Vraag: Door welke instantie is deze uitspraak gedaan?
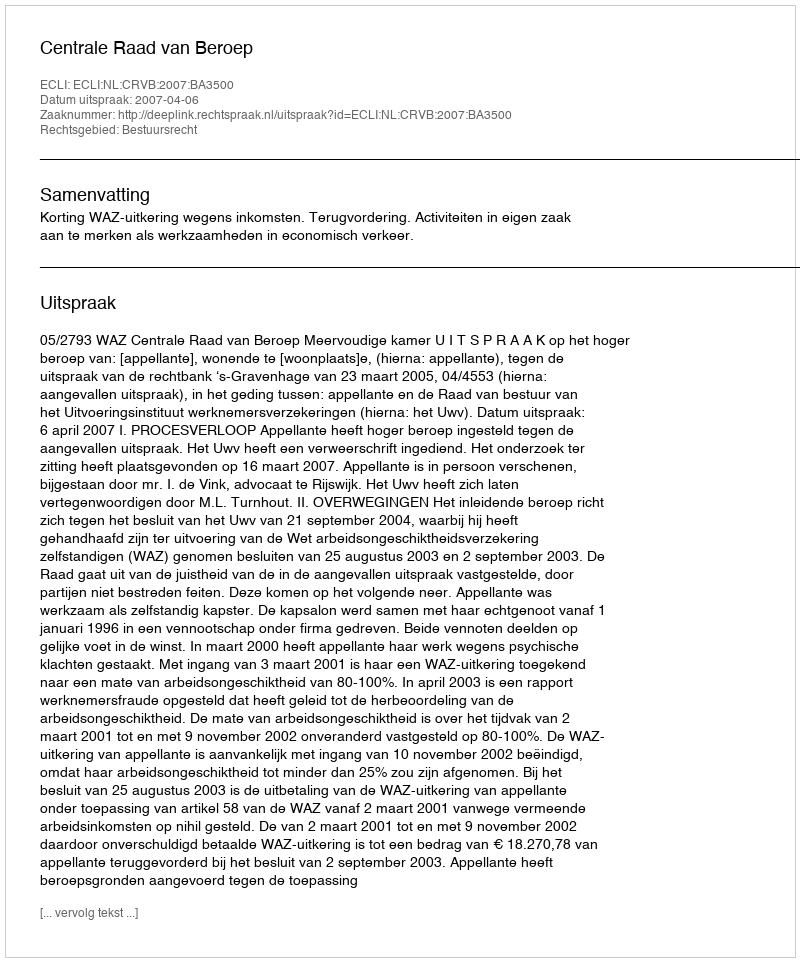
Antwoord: Centrale Raad van Beroep